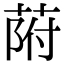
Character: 𦱖